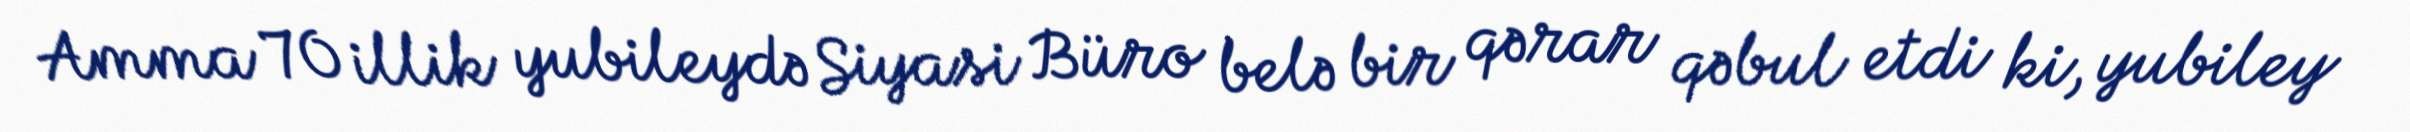
Amma 70 illik yubileydə Siyasi Büro belə bir qərar qəbul etdi ki, yubiley